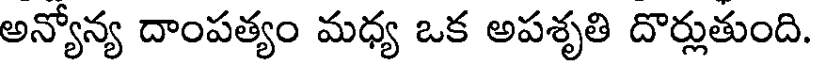
అన్యోన్య దాంపత్యం మధ్య ఒక అపశృతి దొర్లుతుంది.